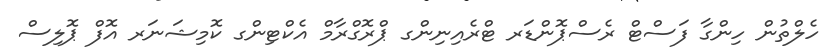
ހެލްތުން ހިންގާ ފަސްޓް ރެސްޕޮންޑަރ ޓްރެއިނިންގ ޕްރޮގްރާމް އެކްޓިންގ ކޮމިޝަނަރ އޮފް ޕޮލިސް